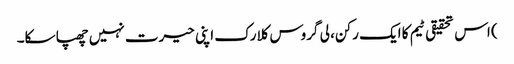
) اس تحقیقی ٹیم کا ایک رکن، لی گروس کلارک اپنی حیرت نہیں چھپا سکا۔